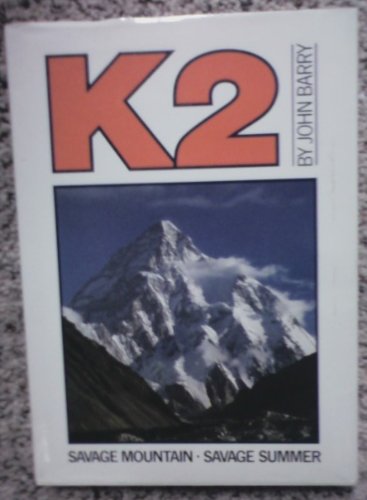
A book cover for K2: Savage Mountain, Savage Summer; John Barry; Travel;